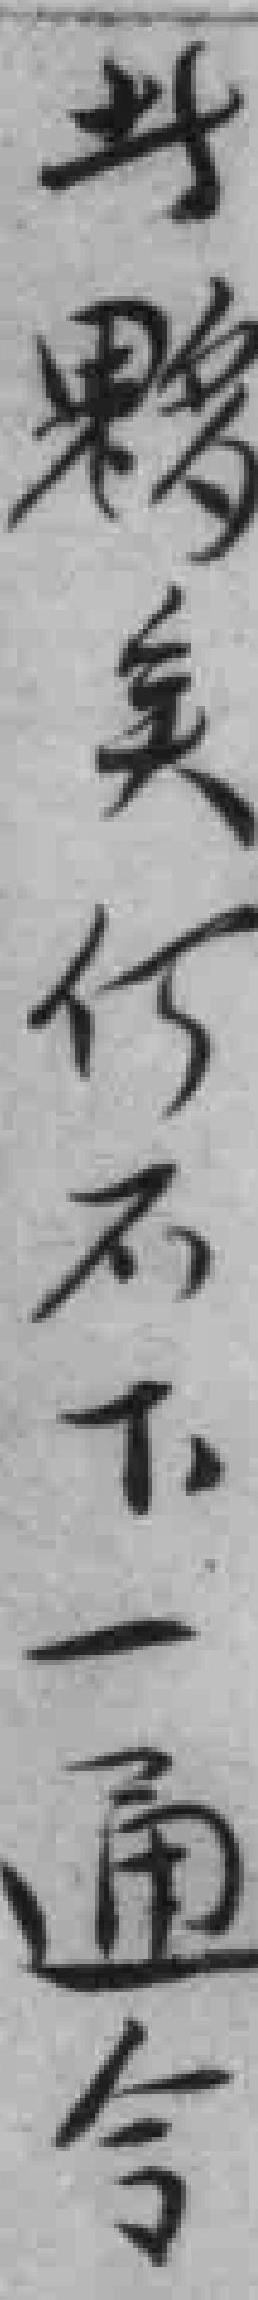
此夥矣何不下一通令